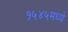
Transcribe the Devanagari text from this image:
१५४५मध्ये